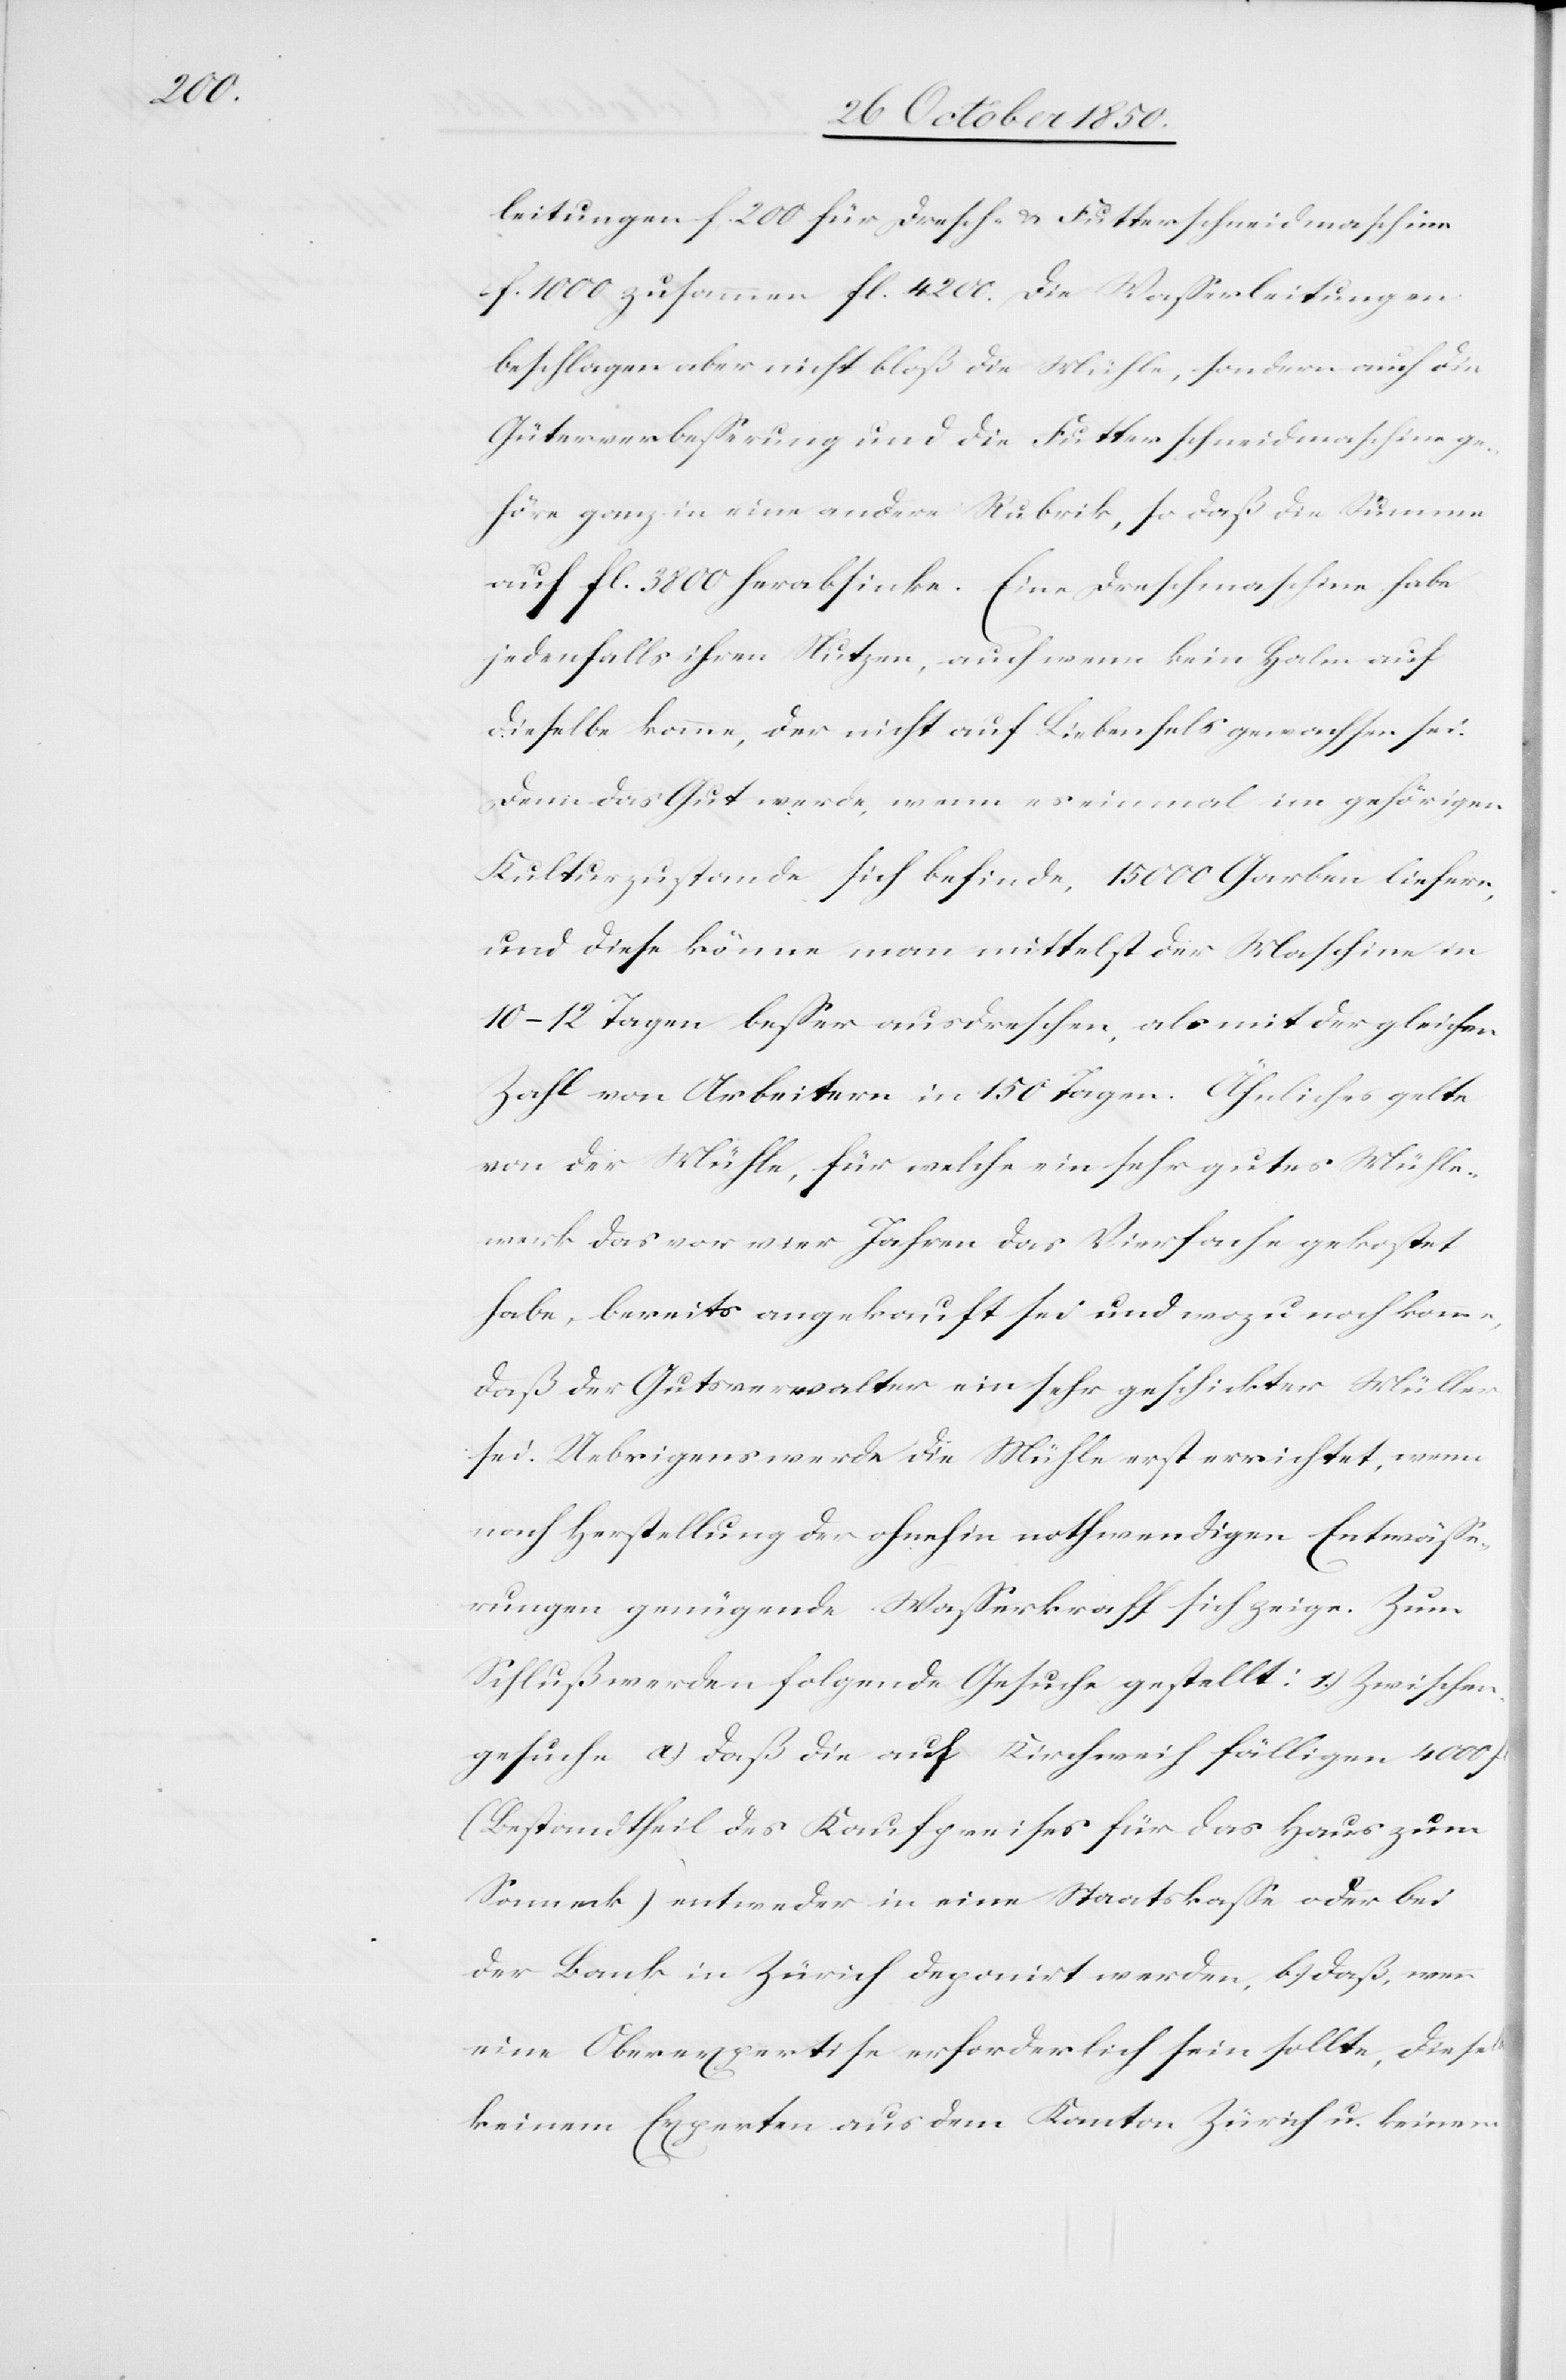
leitungen f. 200[,] für Dresche- & Futterschneidmaschine
f. 1000 zusammen fl. 4200. Die Wasserleitungen
beschlagen aber nicht bloß die Mühle, sondern auch die
Güterverbesserung und die Futterschneidmaschine ge¬
höre ganz in eine andere Rubrik, so daß die Summe
auf fl. 3800 herabsinke. Eine Dreschmaschine habe
jedenfalls ihren Nutzen, auch wenn kein Halm auf
dieselbe komme, der nicht auf Liebenfels gewachsen sei.
Denn das Gut werde, wenn es einmal im gehörigen
Kulturzustande sich befinde, 15 000 Garben liefern,
und diese könne man mittelst der Maschine in
10–12 Tagen besser ausdreschen als mit der gleichen
Zahl von Arbeitern in 150 Tagen. Ähnliches gelte
von der Mühle, für welche ein sehr gutes Mühle¬
werk das vor vier Jahren das Vierfache gekostet
habe, bereits angekauft sei und wozu noch komme,
daß der Gutsverwalter ein sehr geschickter Müller
sei. Uebrigens werde die Mühle erst errichtet, wenn
nach Herstellung der ohnehin nothwendigen Entwässe¬
rungen genügende Wasserkraft sich zeige. Zum
Schluß werden folgende Gesuche gestellt: 1.) Zwischen¬
gesuche a.) daß die auf Kirchweih fälligen 4000 f
(Bestandtheil des Kaufpreises für das Haus zum
Sonneck) entweder in eine Staatskasse oder bei
der Bank in Zürich deponirt werden, b.) daß, wenn
eine Oberexpertise erforderlich sein sollte, dieselbe
keinem Experten aus dem Kanton Zürich u. keinem